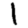
Digit: 1